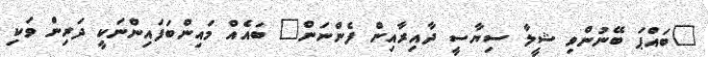
"ބައްޕަ ބޭނުންވި ޝީލާ ސިޔާސީ ދާއިރާއިން ފެންނަން" ބައެއް މައިންބަފައިންނަކީ ދަރިން ވަކި